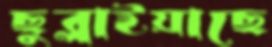
ছুব্‌লাইয়াছে